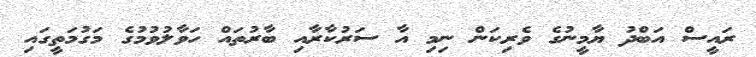
ރައީސް އަބްދު ޔާމީނުގެ ވެރިކަން ނިމި އާ ސަރުކާރާއި ބާރުތައް ހަވާލުވުމުގެ މަގުމަތީގައި